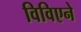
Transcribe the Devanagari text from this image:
विविएने